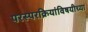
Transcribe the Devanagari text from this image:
परस्परक्रियांविषयीच्या